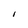
Character: I